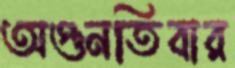
অগুনতিবার